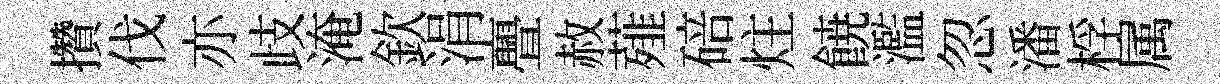
攢伐亦歧淹欽涓亹赦薤碚炷𩜙濫忽潘桴属